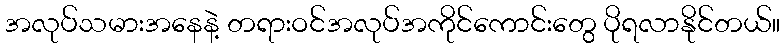
အလုပ်သမားအနေနဲ့ တရားဝင်အလုပ်အကိုင်ကောင်းတွေ ပိုရလာနိုင်တယ်။